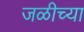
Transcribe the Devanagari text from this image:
जळीच्या